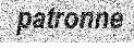
patronne